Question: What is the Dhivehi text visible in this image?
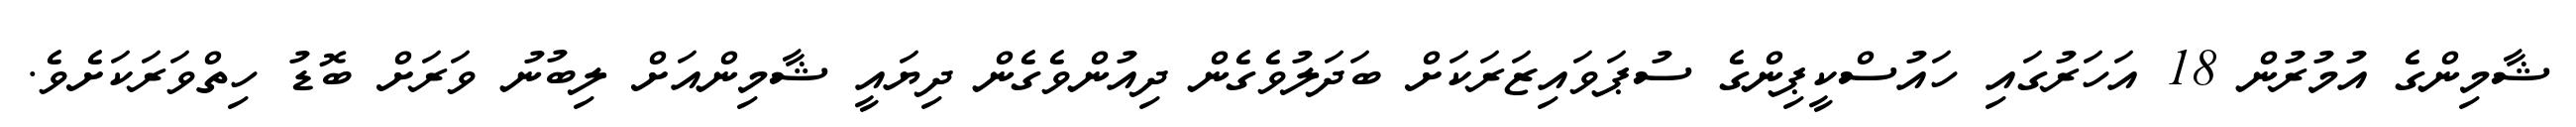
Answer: ޝާމިންގެ އުމުރުން 18 އަހަރުގައި ހައުސްކީޕިންގެ ސުޕަވައިޒަރަކަށް ބަދަލުވެގެން ދިއުންވެގެން ދިޔައީ ޝާމިންއަށް ލިބުނު ވަރަށް ބޮޑު ހިތްވަރަކަށެވެ.